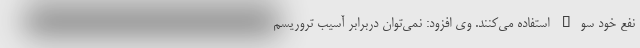
نفع خود سوء استفاده می‌کنند. وی افزود: نمی‌توان دربرابر آسیب تروریسم